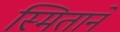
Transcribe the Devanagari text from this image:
स्मिताने